Newspaper: Los Angeles daily herald. [volume]
Place of publication: Los Angeles [Calif.]
Publisher: Herald Print. Co.
Date: 1875-04-30 00:00:00
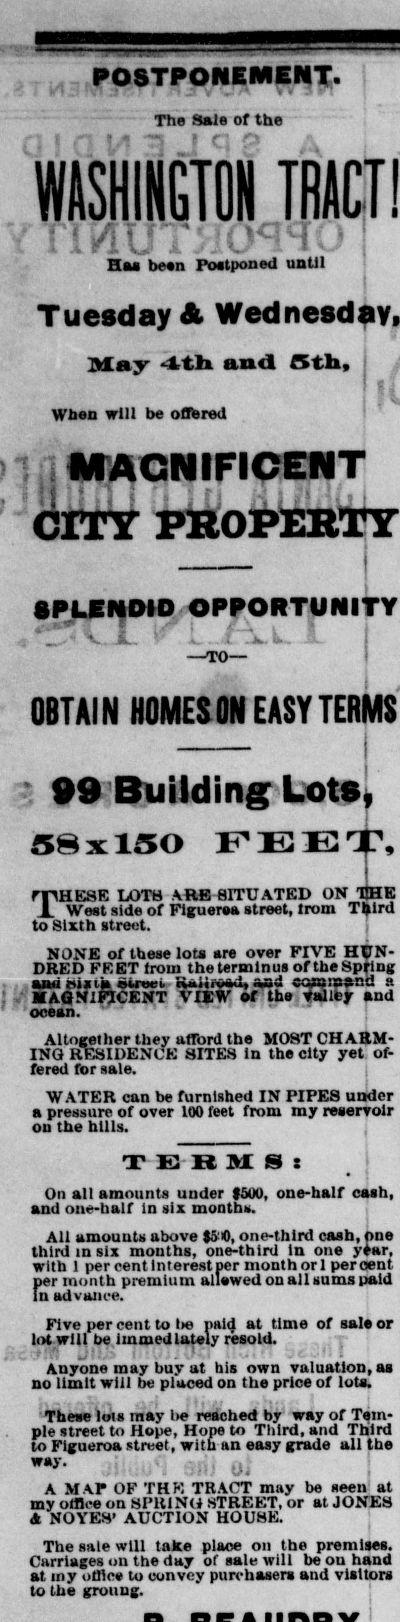
Label: text-only